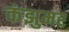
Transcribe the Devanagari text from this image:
कंझुमर